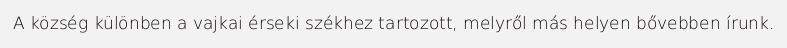
A község különben a vajkai érseki székhez tartozott, melyről más helyen bővebben írunk.